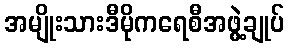
အမျိုးသားဒီမိုကရေစီအဖွဲ့ချုပ်